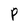
Character: P